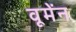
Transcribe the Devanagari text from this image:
वूमेंन